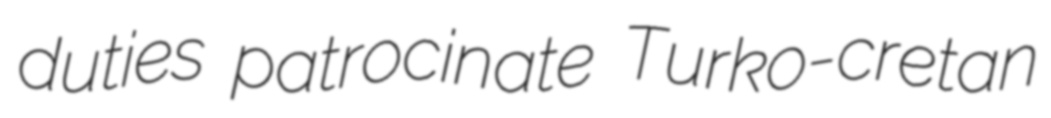
duties patrocinate Turko-cretan